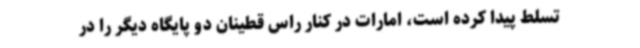
تسلط پیدا کرده است، امارات در کنار راس قطینان دو پایگاه دیگر را در